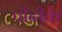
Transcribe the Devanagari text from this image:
पीढीके